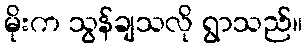
မိုးက သွန်ချသလို ရွာသည်။